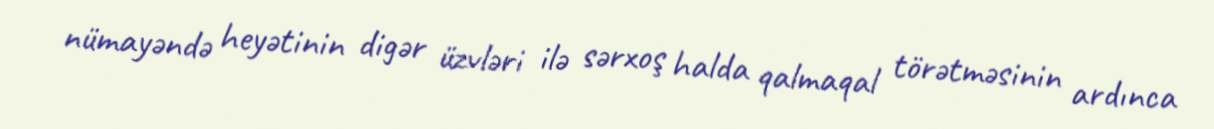
nümayəndə heyətinin digər üzvləri ilə sərxoş halda qalmaqal törətməsinin ardınca